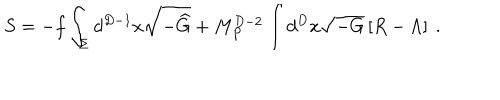
LaTeX: S = - f \int _ { \Sigma } d ^ { D - 1 } x \sqrt { - { \widehat G } } + M _ { P } ^ { D - 2 } \int d ^ { D } x \sqrt { - G } \left[ R - \Lambda \right] ~ .